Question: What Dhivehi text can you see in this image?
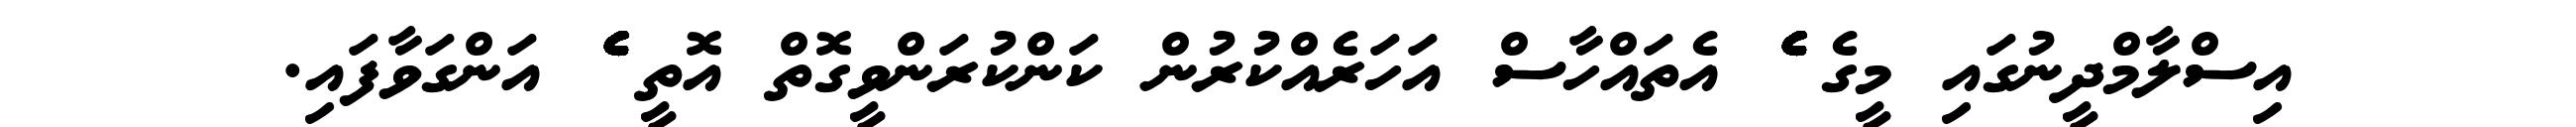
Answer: އިސްލާމްދީނުގައި މީގެ ެެެެެެެެެެެެެެެެެެެެެެެެެެެެެެެެެެެެެެެެެެެެެެެެެެެެެެެެެެެެ އެތައްހާސް އަހަރެއްކުރުން ކަންކުރަންވީގޮތް އޮތީ ެެެެެެެެެެެެެެެެެެެެެެެެެެެެެެެެެެެެެެެެެެެެެެެެެެެެެެެެެެެެެެ އަންގަވާފައި.